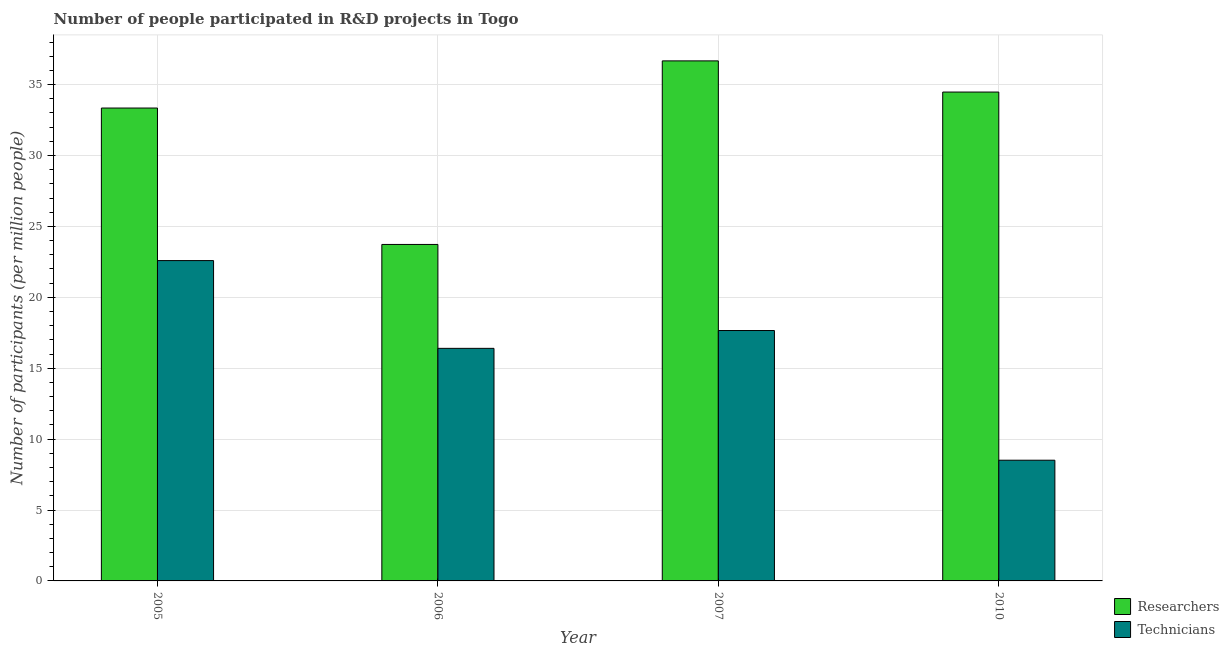
| Year | Researchers | Technicians |
 | --- | --- | --- |
 | 2005 | 33.3 | 22.6 |
 | 2006 | 23.7 | 16.4 |
 | 2007 | 36.7 | 17.7 |
 | 2010 | 34.5 | 8.51 |